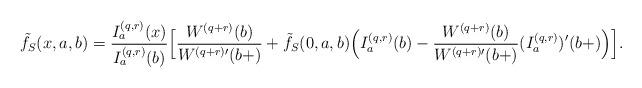
LaTeX: \begin{align*}&\tilde{f}_S(x,a,b) = \frac {I_a^{(q,r)}(x)} {I_a^{(q,r)}(b)} \Big[ \frac {W^{(q+r)}(b)} {W^{(q+r)\prime}(b+)} + \tilde{f}_S(0,a,b) \Big( I_a^{(q,r)}(b) - \frac{W^{(q+r)}(b)}{W^{(q+r) \prime}(b+) } (I_a^{(q,r)})'(b+) \Big) \Big].\end{align*}